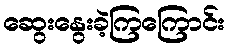
ဆွေးနွေးခဲ့ကြကြောင်း